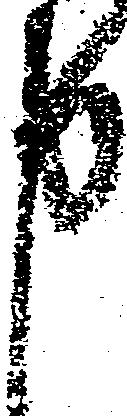
申